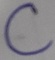
Text: C